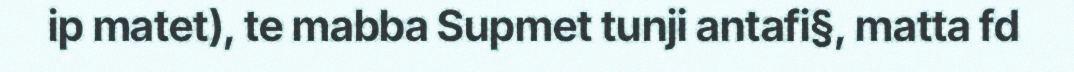
ip matet), te mabba Supmet tunji antafi§, matta fd